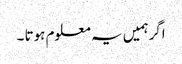
اگرہمیں یہ معلوم ہوتا ۔